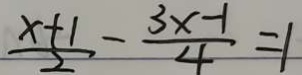
\frac { x + 1 } { 2 } - \frac { 3 x - 1 } { 4 } = 1